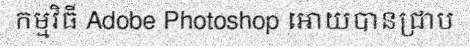
កម្មវិធី Adobe Photoshop អោយបានជ្រាប